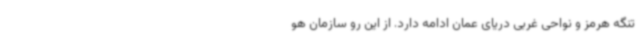
تنگه هرمز و نواحی غربی دریای عمان ادامه دارد. از این رو سازمان هو